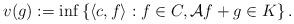
LaTeX: \begin{align*}v(g) := \inf\left\{\langle c, f\rangle:f\in C, \mathcal Af + g\in K\right\}. \end{align*}